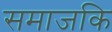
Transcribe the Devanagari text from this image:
समाजकि